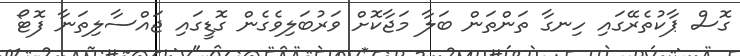
ގޮސް ޕާކުތެރޭގައި ހިނގާ ތަންތަން ބަލާ މަޖާކޮށް ވަރުބަލިވެގެން ގޮޑީގައި ޖައްސާލިތަނާ ފޮޓޯ